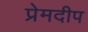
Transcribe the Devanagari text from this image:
प्रेमदीप